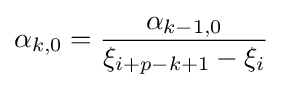
\alpha _{k,0}={\frac {\alpha _{k-1,0}}{\xi _{i+p-k+1}-\xi _{i}}}